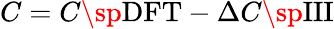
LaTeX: C=C\sp{\textnormal{DFT}}-\Delta C\sp{\textnormal{III}}